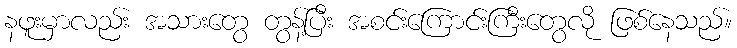
နဖူးမှာလည်း အသားတွေ တွန့်ပြီး အစင်းကြောင်းကြီးတွေလို ဖြစ်နေသည်။